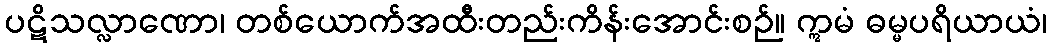
ပဋိသလ္လာဏော၊ တစ်ယောက်အထီးတည်းကိန်းအောင်းစဉ်။ ဣမံ ဓမ္မပရိယာယံ၊